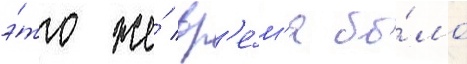
э́то же́ вр'е́м'я бы́ло